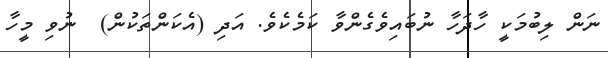
ނަން ލިބުމަކީ ހާދަހާ ނުބައިވެގެންވާ ކަމެކެވެ. އަދި (އެކަންތަކުން)  ނުވި މީހާ